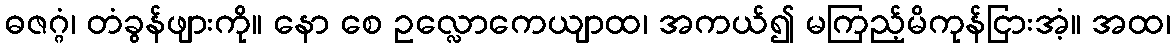
ဓဇဂ္ဂံ၊ တံခွန်ဖျားကို။ နော စေ ဥလ္လောကေယျာထ၊ အကယ်၍ မကြည့်မိကုန်ငြားအံ့။ အထ၊